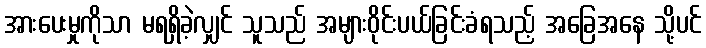
အားပေးမှုကိုသာ မရရှိခဲ့လျှင် သူသည် အများဝိုင်းပယ်ခြင်းခံရသည့် အခြေအနေ သို့ပင်